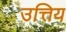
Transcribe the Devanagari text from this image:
उत्तिय